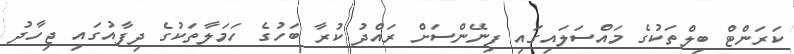
ކަރަންޓް ބިލްތަކުގެ މައްސަލައިގައި ފިނޭންސަށް ރައްދު ކުރާ ބަހުގެ ހަމަލާތަކުގެ ދިފާއުގައި ޖިހާދު